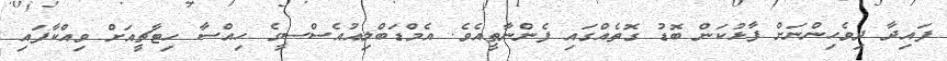
ފައިދާ ދިވެހިންނަށް ފާޅުކަން ބޮޑު ގޮތެއްގައި ފެންނާތީއެވެ. އެމްޑަބްލިއުއެސްސީގެ ހިއްސާ ހިޓާޗީއަށް ވިއްކާފައި